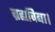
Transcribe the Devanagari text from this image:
ब्रह्मविद्या।